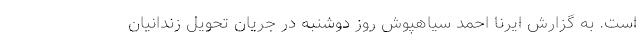
است. به گزارش ایرنا احمد سیاهپوش روز دوشنبه در جریان تحویل زندانیان